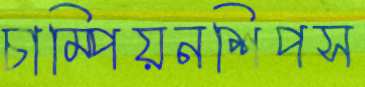
চাম্পিয়নশিপস